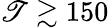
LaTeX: \mathscr{T}\gtrsim150